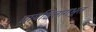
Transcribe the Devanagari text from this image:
प्रायश्चित्तांगभूत